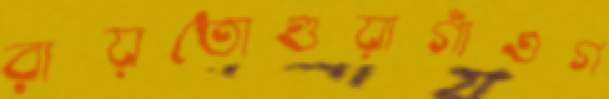
রায়তোগুয়াগাঁওগ